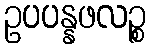
ဥပပန္နဖလဉ္စ